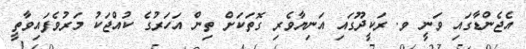
އެޖެންޑާގައި ވަނީ ވ. ރަކީދޫގައި އަނިޔާވެރި ގޮތަކަށް ތިން އަހަރުގެ ކުއްޖަކު މަރުވެފައިވާތީ